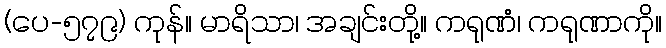
(ပေ-၅၇၉) ကုန်။ မာရိသာ၊ အချင်းတို့။ ကရုဏံ၊ ကရုဏာကို။